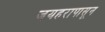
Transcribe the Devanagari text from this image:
जयहरापासून